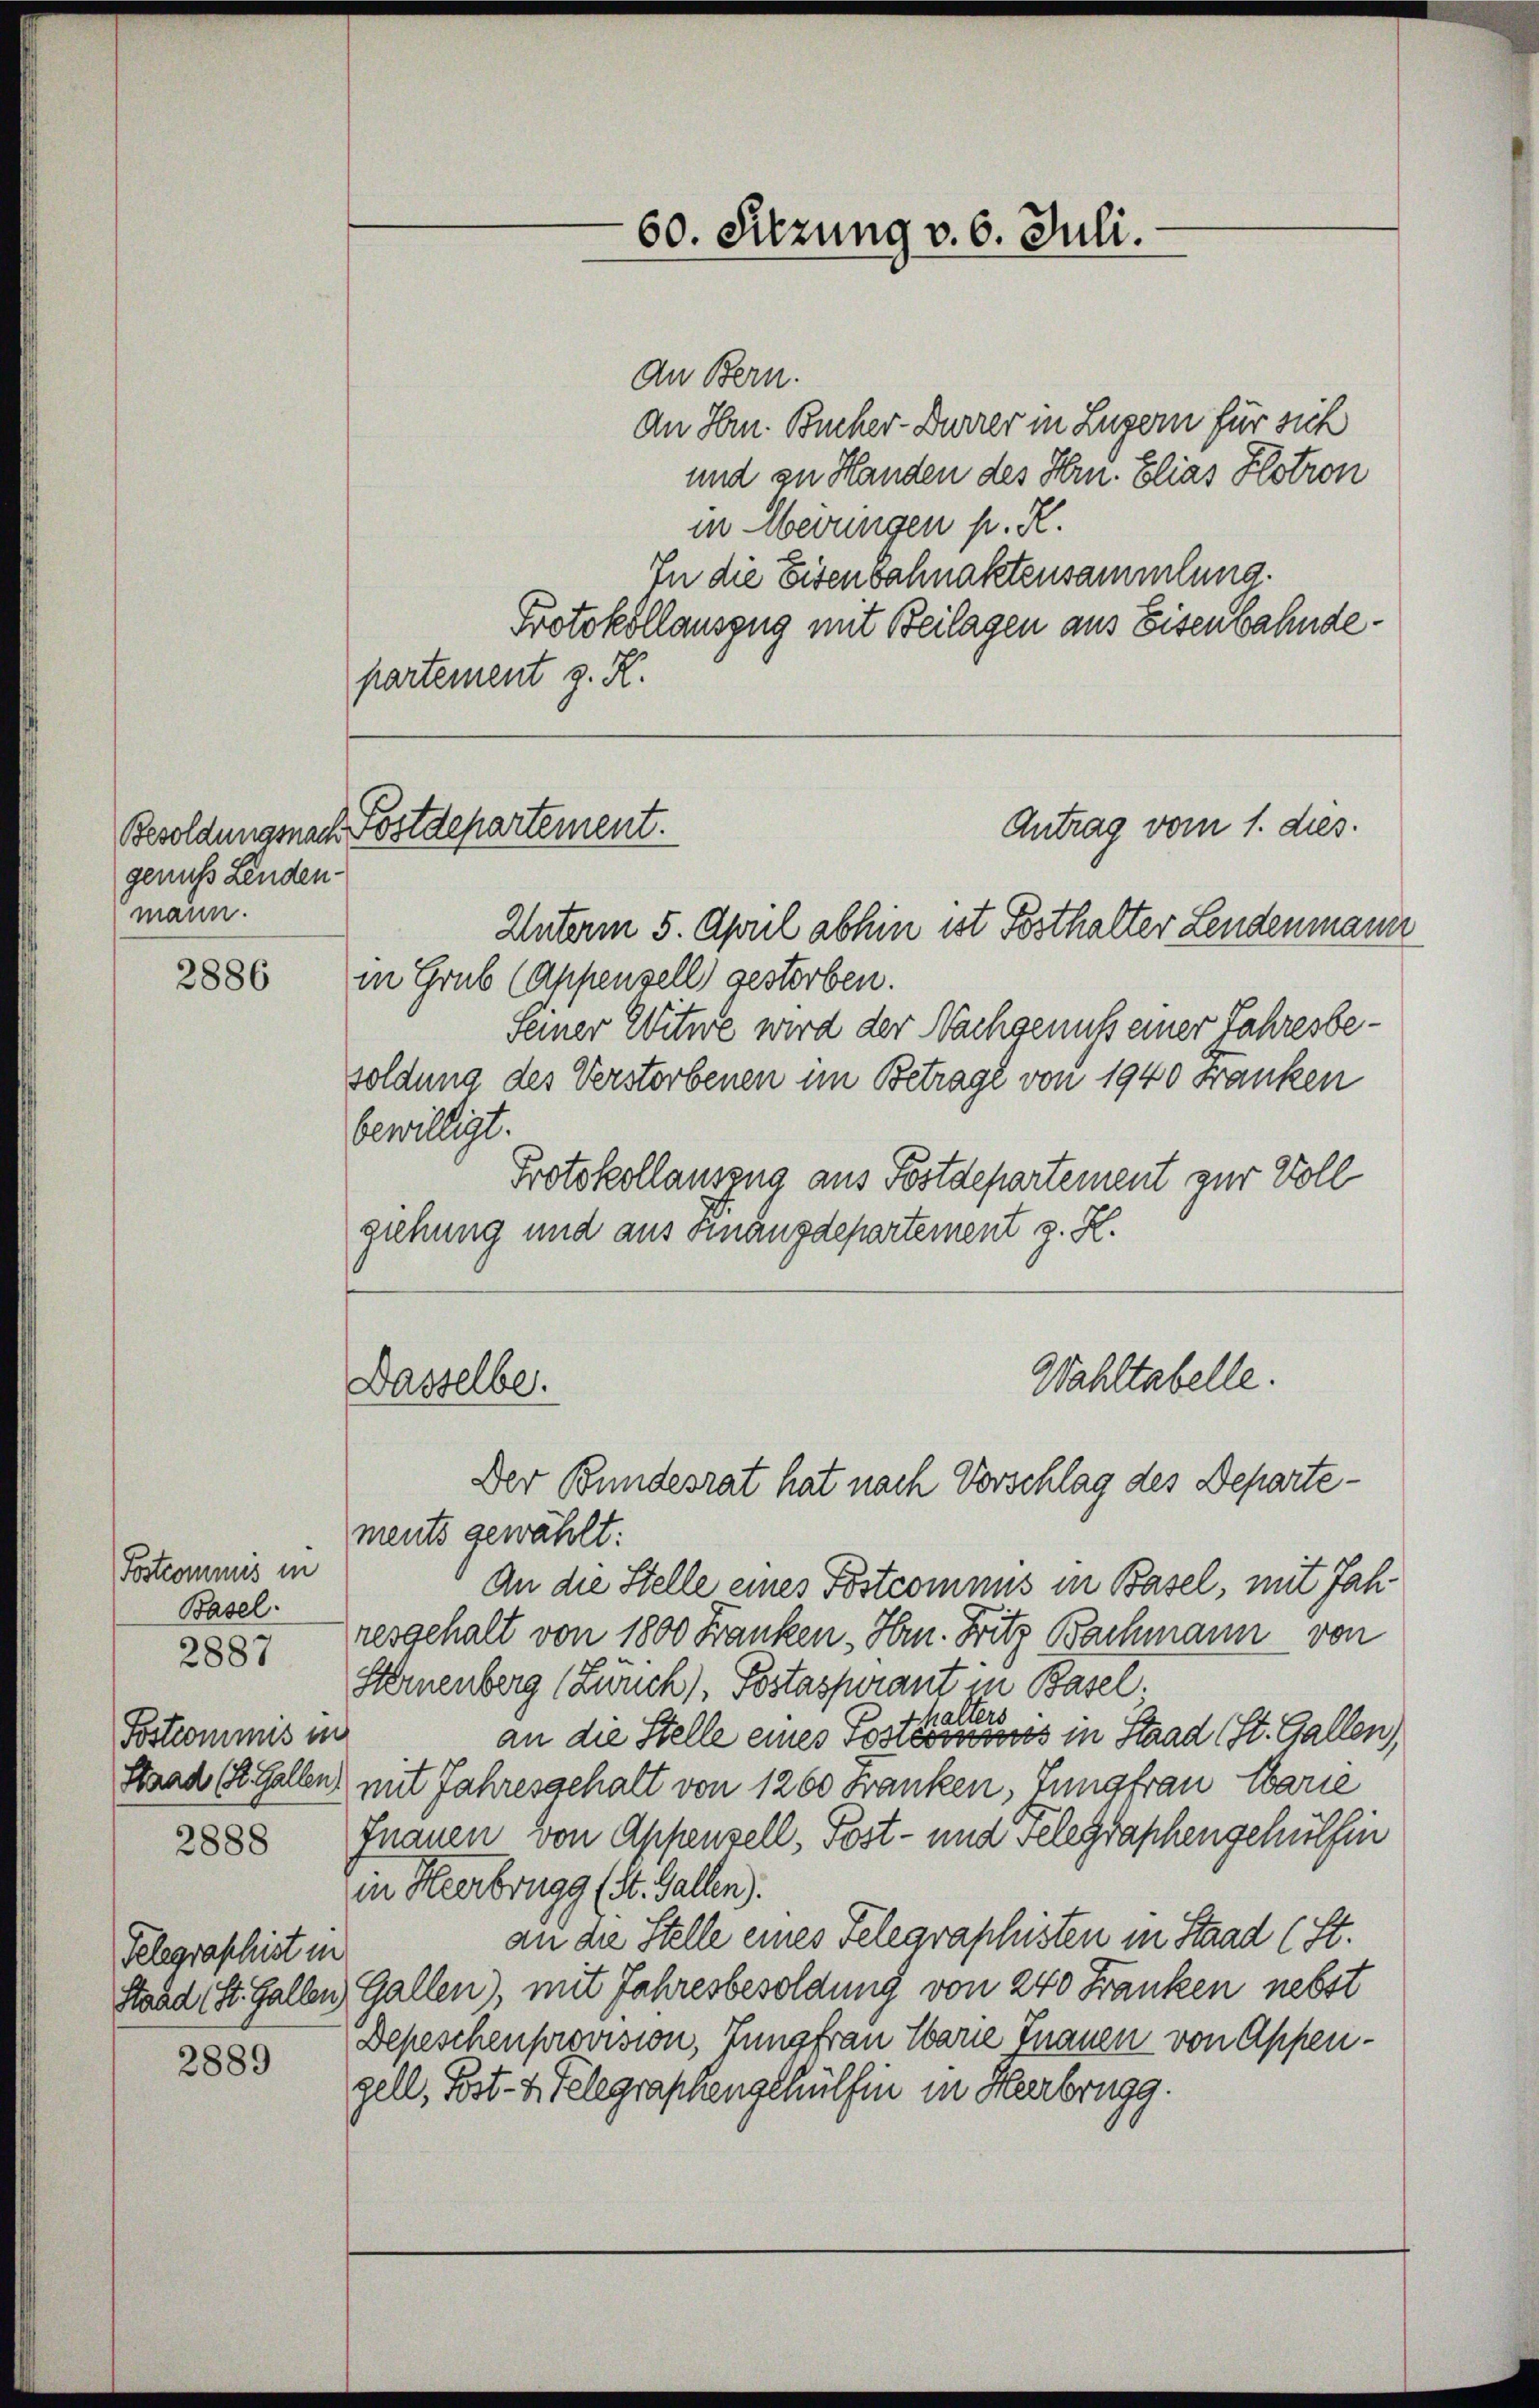
genuss Linden
mann.

2886

Postcommis in
Basel.
Postcommis in

2887

2888

Telegraphist in

2889

partement z. K.

An Bern.
An Hrn. Bucher-Durrer in Luzern für sich
und zu Handen des Hrn. Elias Klotron
in Herringen p. R.
In die Eisenbahnaktensammlung.
Protokollauszug mit Beilagen aus Eisenbahnde¬
Antrag vom 1. dies.
Unterm 5. April abhin ist Posthalter Lendenmann
in Grub (Appenzell gestorben.
Seiner Witwe wird der Nachgenuß einer Jahresbesoldung des Verstorbenen im Betrage von 1940 Franken
bewilligt.
Protokollauszug aus Postdepartement zur Voll
giehung und aus Finanzdepartement z. K.
Wahltabelle.
Dasselbe.

Besoldungsnach Postdepartement.

ments gewählt:
An die Stelle eines Postcommis in Basel, mit Jahresgehalt von 1800 Franken Hrn. Fritz Bachmann von
u
Sternenberg (Zürich), Postaspirant in Basel.
thalters
an die Stelle eines Postcommis in Staad (St. Gallen
Staad (Z. Gallen mit Jahresgehalt von 1200 Franken, Jungfrau Marie
fnauen von Appenzell, Post- und Telegraphengehülfen
in Heerbrugg (St. Gallen).
an die Stelle eines Telegraphisten in Staad (St.
Stand St. Gallen, Gallen), mit Jahresbesoldung von 240 Franken nebst
Depeschenprovision, Jungfrau Ebarie Inanen von Appen-
gell, Post- u. Telegraphengehülfen in Herbrugg.

60. Sitzung v. 6. Juli.

Der Bundesrat hat nach Vorschlag des Departe¬